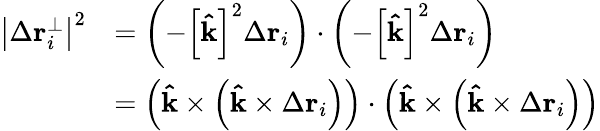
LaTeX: {\begin{array}{rl}{\left|\Delta\mathbf{r}_{i}^{\perp}\right|^{2}}&{=\left(-\left[\mathbf{\hat{k}}\right]^{2}\Delta\mathbf{r}_{i}\right)\cdot\left(-\left[\mathbf{\hat{k}}\right]^{2}\Delta\mathbf{r}_{i}\right)}\\ &{=\left(\mathbf{\hat{k}}\times\left(\mathbf{\hat{k}}\times\Delta\mathbf{r}_{i}\right)\right)\cdot\left(\mathbf{\hat{k}}\times\left(\mathbf{\hat{k}}\times\Delta\mathbf{r}_{i}\right)\right)}\end{array}}